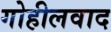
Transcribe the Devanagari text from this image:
गोहीलवाद